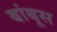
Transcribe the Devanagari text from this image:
बांबूस